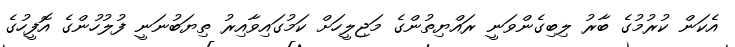
އެކަން ކުރުމުގެ ބާރު ލިބިގެންވަނީ ރައްޔިތުންގެ މަޖިލީހަށް ކަމުގައިވާއިރު ތިޔަބުނަނީ ފުލުހުންގެ އޮފީހުގެ